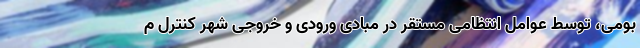
بومی، توسط عوامل انتظامی مستقر در مبادی ورودی و خروجی شهر کنترل م